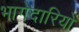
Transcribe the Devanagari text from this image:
भागेदारियों